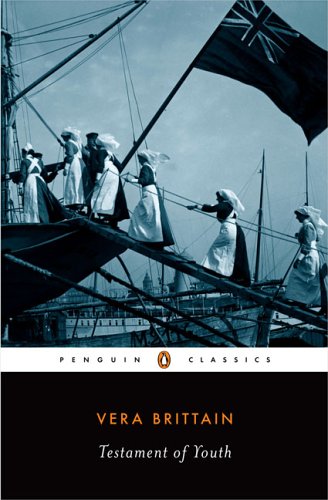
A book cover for Testament of Youth (Penguin Classics); Vera Brittain; Biographies & Memoirs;